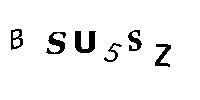
BSU5SZ